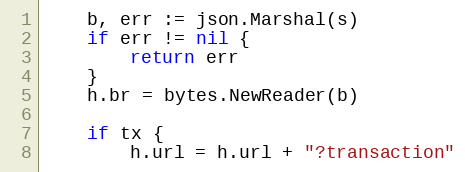
Language: Go
	b, err := json.Marshal(s)
	if err != nil {
		return err
	}
	h.br = bytes.NewReader(b)

	if tx {
		h.url = h.url + "?transaction"